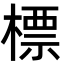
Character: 標